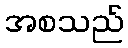
အစသည်